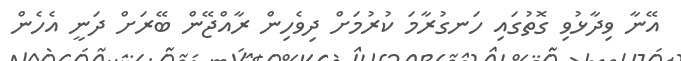
އޭނާ ވިދާޅުވި ގޮތުގައި ހަނގުރާމަ ކުރުމަށް ދިވެހިން ރާއްޖޭން ބޭރަށް ދަނީ އެހެން